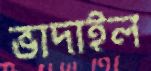
ভাদাইল